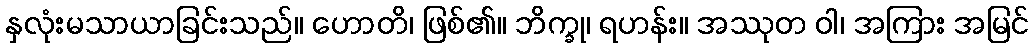
နှလုံးမသာယာခြင်းသည်။ ဟောတိ၊ ဖြစ်၏။ ဘိက္ခု၊ ရဟန်း။ အဿုတ ဝါ၊ အကြား အမြင်